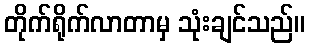
တိုက်ရိုက်လာတာမှ သုံးချင်သည်။